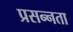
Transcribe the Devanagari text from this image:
प्रसन्‍नता